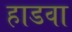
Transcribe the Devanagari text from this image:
हाडवा